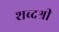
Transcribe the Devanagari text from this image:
शब्दश्री